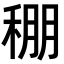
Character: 稝